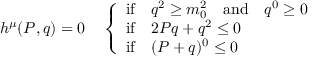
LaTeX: h ^ { \mu } ( P , q ) = 0 \quad \left\{ \begin{array} { l } { { \mathrm { i f } \quad q ^ { 2 } \geq m _ { 0 } ^ { 2 } \quad \mathrm { a n d } \quad q ^ { 0 } \geq 0 } } \\ { { \mathrm { i f } \quad 2 P q + q ^ { 2 } \leq 0 } } \\ { { \mathrm { i f } \quad ( P + q ) ^ { 0 } \leq 0 } } \end{array} \right. \,